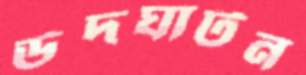
উদঘাটন